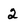
Character: 2